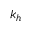
k _ { h }